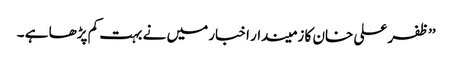
’’ظفر علی خان کا زمیندار اخبار میں نے بہت کم پڑھا ہے ۔